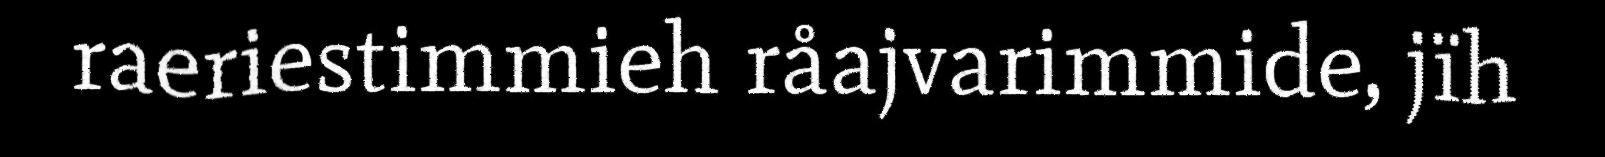
raeriestimmieh råajvarimmide, jïh